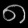
Digit: ၈